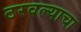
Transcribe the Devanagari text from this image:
ठरवल्याचा